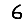
Digit: 6